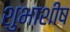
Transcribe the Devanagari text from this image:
शुभाशीष